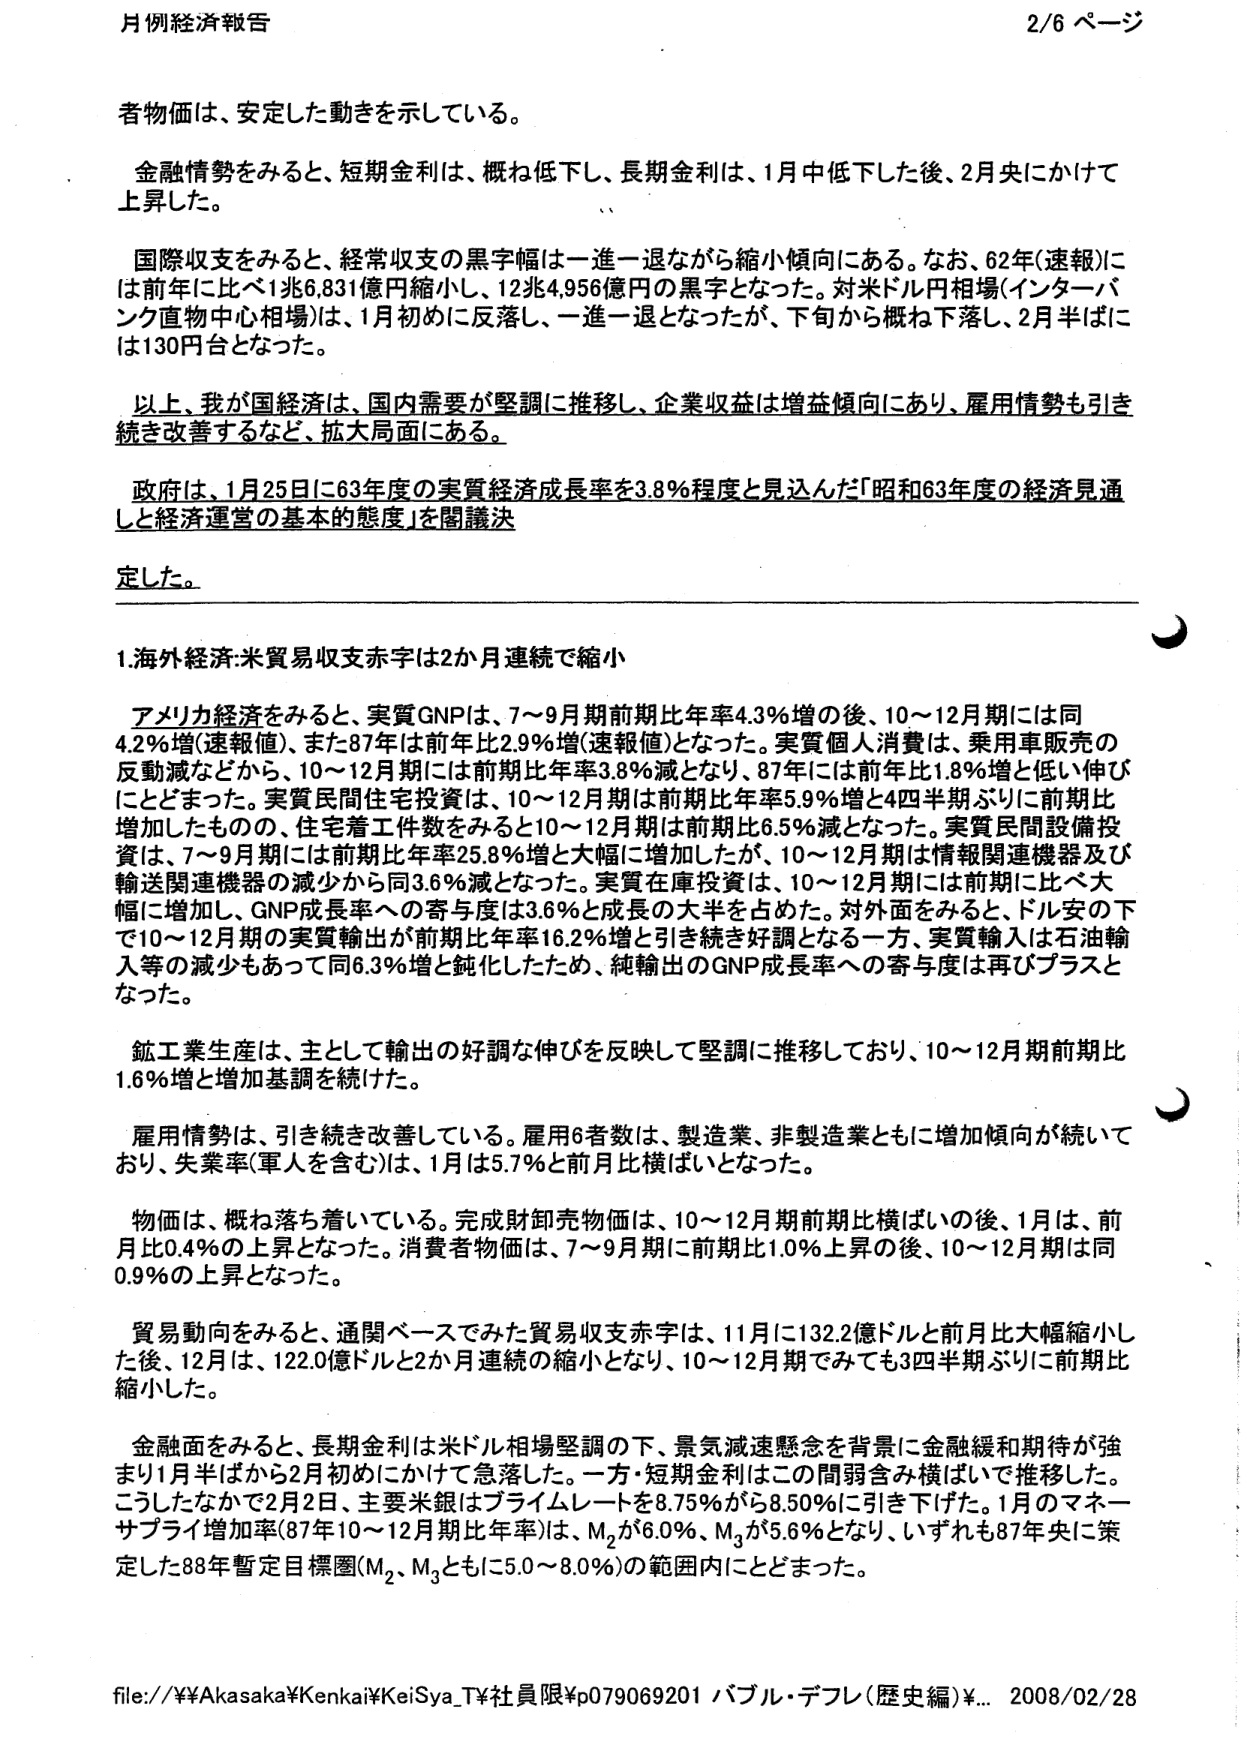
月例経済報告 2/6 ページ

者物価は、安定した動きを示している。

金融情勢をみると、短期金利は、概ね低下し、長期金利は、1月中低下した後、2月央にかけて上昇した。

国際収支をみると、経常収支の黒字幅は一進一退ながら縮小傾向にある。なお、62年(速報)には前年比に比べ1兆6,831億円縮小し、12兆4,956億円の黒字となった。対米ドル円相場(インターバンク直物中心相場)は、1月初めに反落し、一進一退となったが、下旬から概ね下落し、2月半ばには130円台となった。

以上、我が国経済は、国内需要が堅調に推移し、企業収益は増益傾向にあり、雇用情勢も引き続き改善するなど、拡大局面にある。

政府は、1月25日に63年度の実質経済成長率を3.8％程度と見込んだ「昭和63年度の経済見通しと経済運営の基本的態度」を閣議決定した。

1. 海外経済：米貿易収支赤字は2か月連続で縮小

アメリカ経済をみると、実質GNPは、7～9月期前期比年率4.3％増の後、10～12月期には同4.2％増(速報値)、また87年は前年比2.9％増(速報値)となった。実質個人消費は、乗用車販売の反動減などから、10～12月期には前期比年率3.8％減となり、87年には前年比1.8％増と低い伸びにとどまった。実質民間住宅投資は、10～12月期は前期比年率5.9％増と4四半期ぶりに前期比増加したものの、住宅着工件数をみると10～12月期は前期比6.5％減となった。実質民間設備投資は、7～9月期には前期比年率25.8％増と大幅に増加したが、10～12月期は情報関連機器及び輸送関連機器の減少から同3.6％減となった。実質在庫投資は、10～12月期には前期に比べ大幅に増加し、GNP成長率への寄与度は3.6％と成長の大半を占めた。対外面をみると、ドル安の下で10～12月期の実質輸出が前期比年率16.2％増と引き続き好調となる一方、実質輸入は石油輸入等の減少もあって同6.3％増と鈍化したため、純輸出のGNP成長率への寄与度は再びプラスとなった。

鉱工業生産は、主として輸出の好調な伸びを反映して堅調に推移しており、10～12月期前期比1.6％増と増加基調を続けた。

雇用情勢は、引き続き改善している。雇用6者数は、製造業、非製造業ともに増加傾向が続いており、失業率(軍人を含む)は、1月は5.7％と前月比横ばいとなった。

物価は、概ね落ち着いている。完成財卸売物価は、10～12月期前期比横ばいの後、1月は、前月比0.4％の上昇となった。消費者物価は、7～9月期に前期比1.0％上昇の後、10～12月期は同0.9％の上昇となった。

貿易動向をみると、通関ベースでみた貿易収支赤字は、11月に132.2億ドルと前月比大幅縮小した後、12月は、122.0億ドルと2か月連続の縮小となり、10～12月期でみても3四半期ぶりに前期比縮小した。

金融面をみると、長期金利は米ドル相場堅調の下、景気減速懸念を背景に金融緩和期待が強まり1月半ばから2月初めにかけて急落した。一方・短期金利はこの間弱含み横ばいで推移した。こうしたなかで2月2日、主要米銀はプライムレートを8.75％から8.50％に引き下げた。1月のマネーサプライ増加率(87年10～12月期比年率)は、M₂が6.0％、M₃が5.6％となり、いずれも87年央に策定した88年暫定目標圏(M₂、M₃ともに5.0～8.0％)の範囲内にとどまった。

file://¥¥Akasaka¥Kenkai¥KeiSya_T¥社員限¥p079069201 バブル・デフレ(歴史編)¥... 2008/02/28